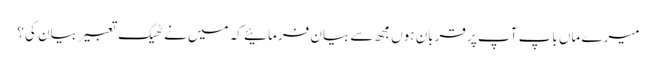
میرے ماں باپ آپ پر قربان ہوں مجھ سے بیان فرمائیے کہ میں نے ٹھیک تعبیر بیان کی؟